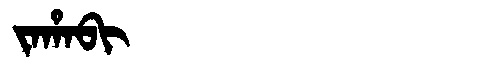
Manchu: ᠵᠠᡥᠠᠪᡳ
Romanization: JAHABI